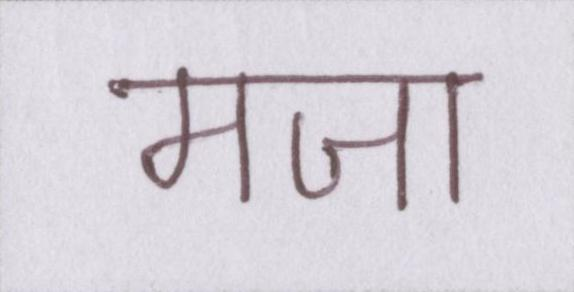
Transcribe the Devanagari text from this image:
मजा